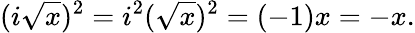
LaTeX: (i{\sqrt{x}})^{2}=i^{2}({\sqrt{x}})^{2}=(-1)x=-x.